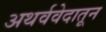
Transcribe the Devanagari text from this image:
अथर्ववेदातून